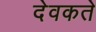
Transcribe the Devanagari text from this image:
देवकते